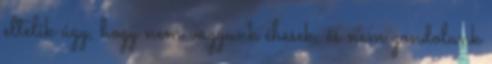
eltelik úgy, hogy nem vagyunk éhesek, és nem gondolunk